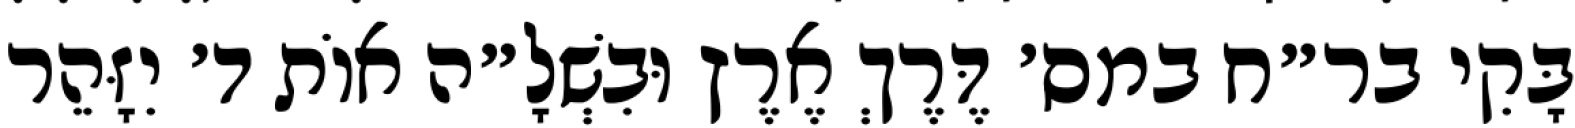
בָּקִי בר״ח במס׳ דֶּרֶךְ אֶרֶץ וּבִשְׁלָ״ה אוֹת ד׳ יִזָּהֵר